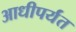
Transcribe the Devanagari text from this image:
आधीपर्यंत